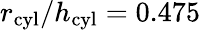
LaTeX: r_{\mathrm{cyl}}/h_{\mathrm{cyl}}=0.475